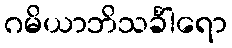
ဂမိယာဘိသင်္ခါရော